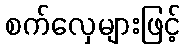
စက်လှေများဖြင့်